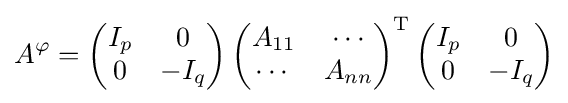
A^{\varphi }=\left({\begin{matrix}I_{p}&0\\0&-I_{q}\end{matrix}}\right)\left({\begin{matrix}A_{11}&\cdots \\\cdots &A_{nn}\end{matrix}}\right)^{\mathrm {T} }\left({\begin{matrix}I_{p}&0\\0&-I_{q}\end{matrix}}\right)